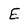
Character: E